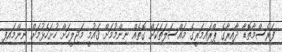
ފަރެސްމާތޮޑާ ދާއިރާގެ ޕްރައިމަރީގެ މައްސަލަތަކަށް ގޮތެއް ނިންމުމަށް ޤައުމީ މަޖިލީހަށް ހުށަހެޅުމަށް ނިންމައިފި